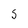
Character: s